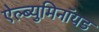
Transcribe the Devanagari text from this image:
ऐल्ब्युमिनॉयड